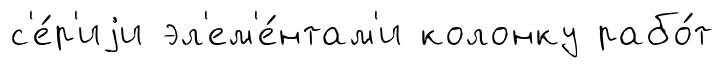
с'е́р'иjи эл'ем'е́нтам'и колонку рабо́т